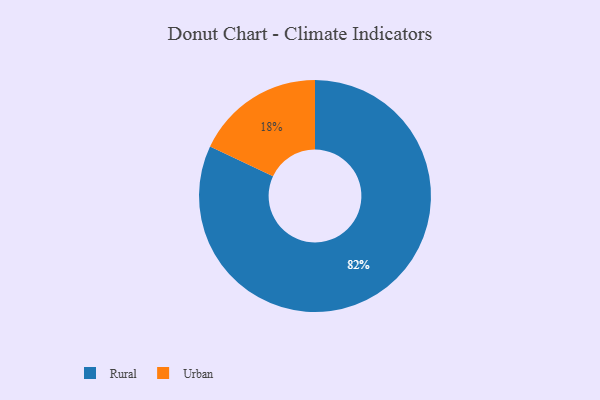
{"axis": {"x": "Category", "y": "Percentage"}, "legend": ["Rural", "Urban"], "data": [{"x": "Urban", "y": 18, "type": "Urban"}, {"x": "Rural", "y": 82, "type": "Rural"}]}